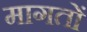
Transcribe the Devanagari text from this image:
मागतों